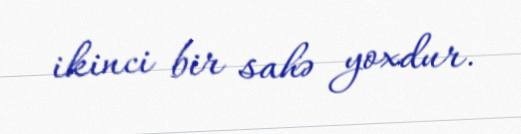
ikinci bir sahə yoxdur.